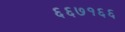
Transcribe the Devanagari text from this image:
६६७१६६